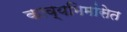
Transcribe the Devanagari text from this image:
काव्यमिमांसेत